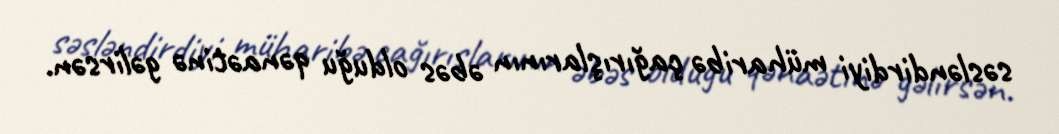
səsləndirdiyi müharibə çağırışlarının əbəs olduğu qənaətinə gəlirsən.